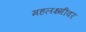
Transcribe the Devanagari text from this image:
महलक्ष्मीवर